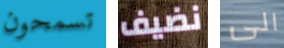
تسمحون نضيف الى